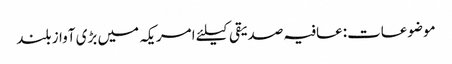
موضوعات:عافیہ صدیقی کیلئے امریکہ میں بڑی آواز بلند